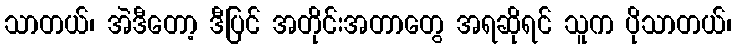
သာတယ်၊ အဲဒီတော့ ဒီပြင် အတိုင်းအတာတွေ အရဆိုရင် သူက ပိုသာတယ်၊